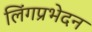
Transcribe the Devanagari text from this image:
लिंगप्रभेदन